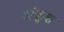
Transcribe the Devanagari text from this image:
अंकूश